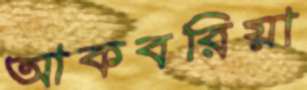
আকবরিয়া